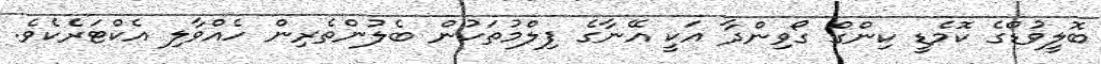
ބޮލީވުޑްގެ ކޮމެޑީ ކިންގް ގޯވިންދާ އަކީ އޭނާގެ ފިލްމުތަކުން ބެލުންތެރިން ހެއްވާލި އެކްޓަރެކެވެ.